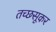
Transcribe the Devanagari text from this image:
तच्छसूकर